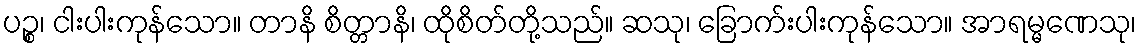
ပဉ္စ၊ ငါးပါးကုန်သော။ တာနိ စိတ္တာနိ၊ ထိုစိတ်တို့သည်။ ဆသု၊ ခြောက်းပါးကုန်သော။ အာရမ္မဏေသု၊